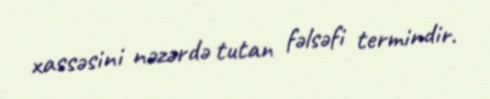
xassəsini nəzərdə tutan fəlsəfi termindir.